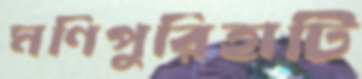
মণিপুরিহাটি